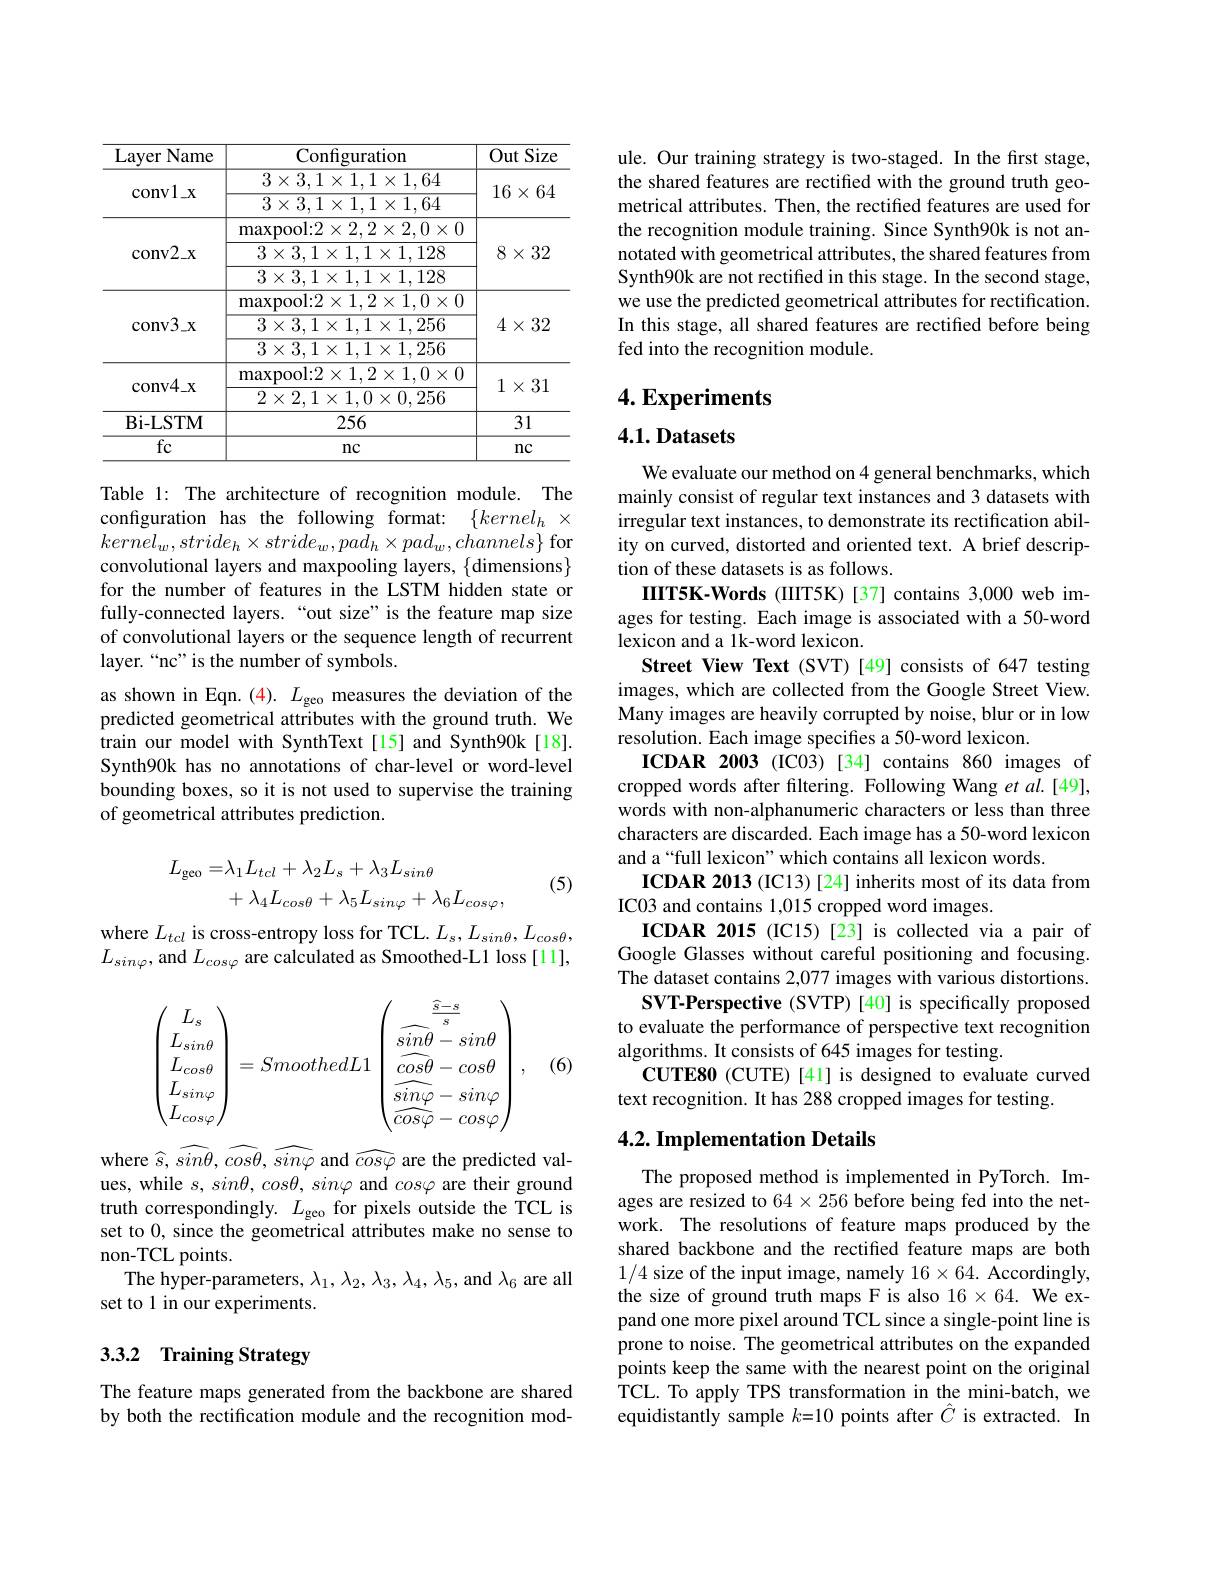
<table>
	<tbody>
		<tr>
			<th>Layer Name</th>
			<th>Configuration</th>
			<th>Size Out</th>
		</tr>
		<tr>
			<td>$\mathrm{convl}_{-x}$</td>
			<td>$3\times3,1\times1,1\times1,64$ $3\times3,1\times1,1\times1,64$</td>
			<td>$16\times64$</td>
		</tr>
		<tr>
			<td>conv2$\_$x</td>
			<td>$\operatorname*{maxpool:2\times2,2\times2,0\times0}$ $3\times3,1\times1,1\times1,128$ $3\times3,1\times1,1\times1,128$</td>
			<td>$8\times32$</td>
		</tr>
		<tr>
			<td>conv3$\_$x</td>
			<td>$\max$pool:2$\times1,2\times1,0\times0$ $3\times3,1\times1,1\times1,256$ $3\times3,1\times1,1\times1,256$</td>
			<td>$4\times32$</td>
		</tr>
		<tr>
			<td>conv4$\_$x</td>
			<td>$\operatorname*{maxpool:2\times1,2\times1,0\times0}$ $2\times2,1\times1,0\times0,256$</td>
			<td>$1\times31$</td>
		</tr>
		<tr>
			<td>Bi- LSTM</td>
			<td>256</td>
			<td>31</td>
		</tr>
		<tr>
			<td>fc</td>
			<td>nc</td>
			<td>$nc$</td>
		</tr>
	</tbody>
</table>

Table 1: The architecture of recognition module. The configuration has the following format: $\{kernel_h\times$ $kernel_{w},stride_{h}\times stride_{w},pa\tilde{d}_{h}\times pad_{w},channels\}$ for convolutional layers and maxpooling layers, $\{$dimensions$\}$ for the number of features in the LSTM hidden state or fully-connected layers.“out size”is the feature map size of convolutional layers or the sequence length of recurrent layer.“nc”is the number of symbols.
as shown in Eqn. (4). $L_{\mathrm{geo}}$ measures the deviation of the predicted geometrical attributes with the ground truth. We train our model with SynthText[15] and Synth90k[18]. Synth90k has no annotations of char-level or word-level bounding boxes, so it is not used to supervise the training of geometrical attributes prediction.
$$\begin{aligned}L_{\mathrm{geo}}=&\lambda_{1}L_{tcl}+\lambda_{2}L_{s}+\lambda_{3}L_{sin\theta}\\&+\lambda_{4}L_{cos\theta}+\lambda_{5}L_{sin\varphi}+\lambda_{6}L_{cos\varphi},\end{aligned}$$
(5)

$\underset{r}{\operatorname*{\mathrm{where~}}}L_{tcl}$ is cross-entropy loss for TCL. $L_s,L_sin\theta,L_{cos\theta}$, $L_{sin\varphi}$,and $L_cos\varphi$ are calculated as Smoothed-L1 loss[11],
$$\begin{pmatrix}L_s\\L_{sin\theta}\\L_{cos\theta}\\L_{sin\varphi}\\L_{cos\varphi}\end{pmatrix}=SmoothedL1\begin{pmatrix}\frac{\widehat{s}-s}{s}\\\widehat{sin\theta}-sin\theta\\\widehat{cos\theta}-cos\theta\\\widehat{sin\varphi}-sin\varphi\\\widehat{cos\varphi}-cos\varphi\end{pmatrix},$$
(6)

where $\widehat{s},\widehat{sin\theta},\widehat{cos\theta},\widehat{sin\varphi}$ and $\widehat cos\varphi$ are the predicted values, while $s,sin\theta,cos\theta,sin\varphi$ and $cos\varphi$ are their ground truth correspondingly. $L_\mathrm{geo}$ for pixels outside the TCL is set to 0, since the geometrical attributes make no sense to non-TCL points.
The hyper-parameters, $\lambda_1,\lambda_2,\lambda_3,\lambda_4,\lambda_5$, and $\lambda_6$ are all
set to 1 in our experiments.

# 3.3.2 Training Strategy

The feature maps generated from the backbone are shared by both the rectification module and the recognition mod-

ule. Our training strategy is two-staged. In the first stage, the shared features are rectified with the ground truth geometrical attributes. Then, the rectified features are used for the recognition module training. Since Synth90k is not annotated with geometrical attributes, the shared features from Synth90k are not rectified in this stage. In the second stage, we use the predicted geometrical attributes for rectification. In this stage, all shared features are rectified before being fed into the recognition module.

# 4. Experiments

## $4. 1. \textbf{Datasets}$

We evaluate our method on 4 general benchmarks, which mainly consist of regular text instances and 3 datasets with irregular text instances, to demonstrate its rectification ability on curved, distorted and oriented text. A brief description of these datasets is as follows.
IIIT5K-Words (IIIT5K)[37] contains 3,000 web images for testing. Each image is associated with a 50-word lexicon and a 1k-word lexicon.
Street View Text (SVT)[49] consists of 647 testing images, which are collected from the Google Street View. Many images are heavily corrupted by noise, blur or in low resolution. Each image specifies a 50-word lexicon.
ICDAR 2003 (IC03)[34] contains 860 images of cropped words after filtering. Following Wang et al.[49], words with non-alphanumeric characters or less than three characters are discarded. Each image has a 50-word lexicon and a“full lexicon”which contains all lexicon words.
ICDAR 2013 (IC13) [24] inherits most of its data from
IC03 and contains 1,015 cropped word images.
ICDAR 2015 (IC15)[23] is collected via a pair of Google Glasses without careful positioning and focusing. The dataset contains 2,077 images with various distortions.
SVT-Perspective (SVTP) [40] is specifically proposed to evaluate the performance of perspective text recognition algorithms. It consists of 645 images for testing.
CUTE80 (CUTE) [41] is designed to evaluate curved
text recognition. It has 288 cropped images for testing.

## 4.2. Implementation Details

The proposed method is implemented in PyTorch. Images are resized to $64\times256$ before being fed into the network. The resolutions of feature maps produced by the shared backbone and the rectified feature maps are both 1/4 size of the input image, namely $16\times64.$ Accordingly, the size of ground truth maps F is also 16×64. We expand one more pixel around TCL since a single-point line is prone to noise. The geometrical attributes on the expanded points keep the same with the nearest point on the original TCL. To apply TPS transformation in the mini-batch, we equidistantly sample $k=10$ points after $\hat{C}$ is extracted. In